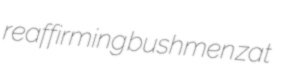
reaffirming bushmen zat